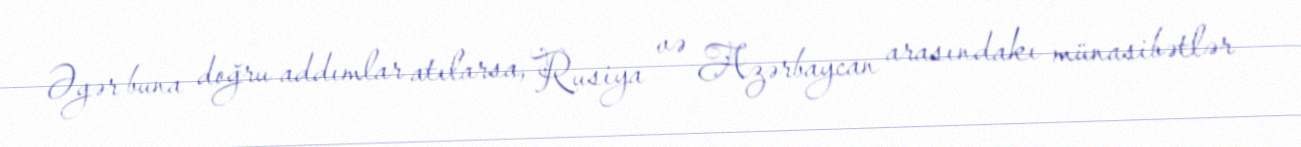
Əgər buna doğru addımlar atılarsa, Rusiya və Azərbaycan arasındakı münasibətlər